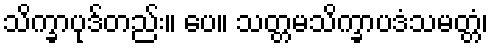
သိက္ခာပုဒ်တည်း။ ပေ။ သတ္တမသိက္ခာပဒံသမတ္တံ၊